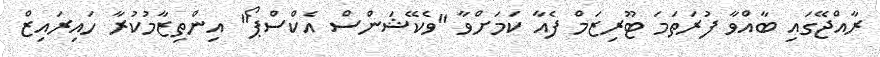
ރާއްޖޭގައި ބާއްވާ ފުރަތަމަ ޓޫރިޒަމް ފެއާ ކަމަށްވާ "ވެކޭޝަންސް އެކްސްޕޯ" އިންތިޒާމުކުރާ ހައިރައިޒް